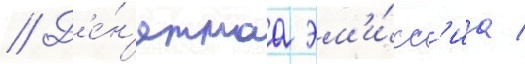
// Д'е́н'ежнаа эм'и́сс'иа /